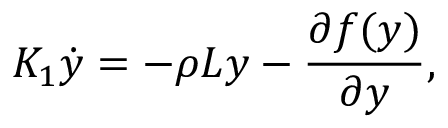
K _ { 1 } \dot { y } = - \rho L y - \frac { \partial f ( y ) } { \partial y } ,